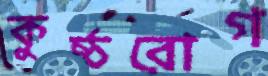
কুষ্ঠরোগ